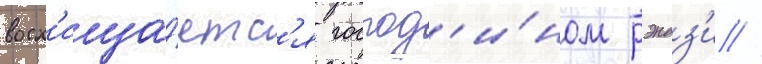
восх'ища́етс'я господ'и́ном рэндз'и //